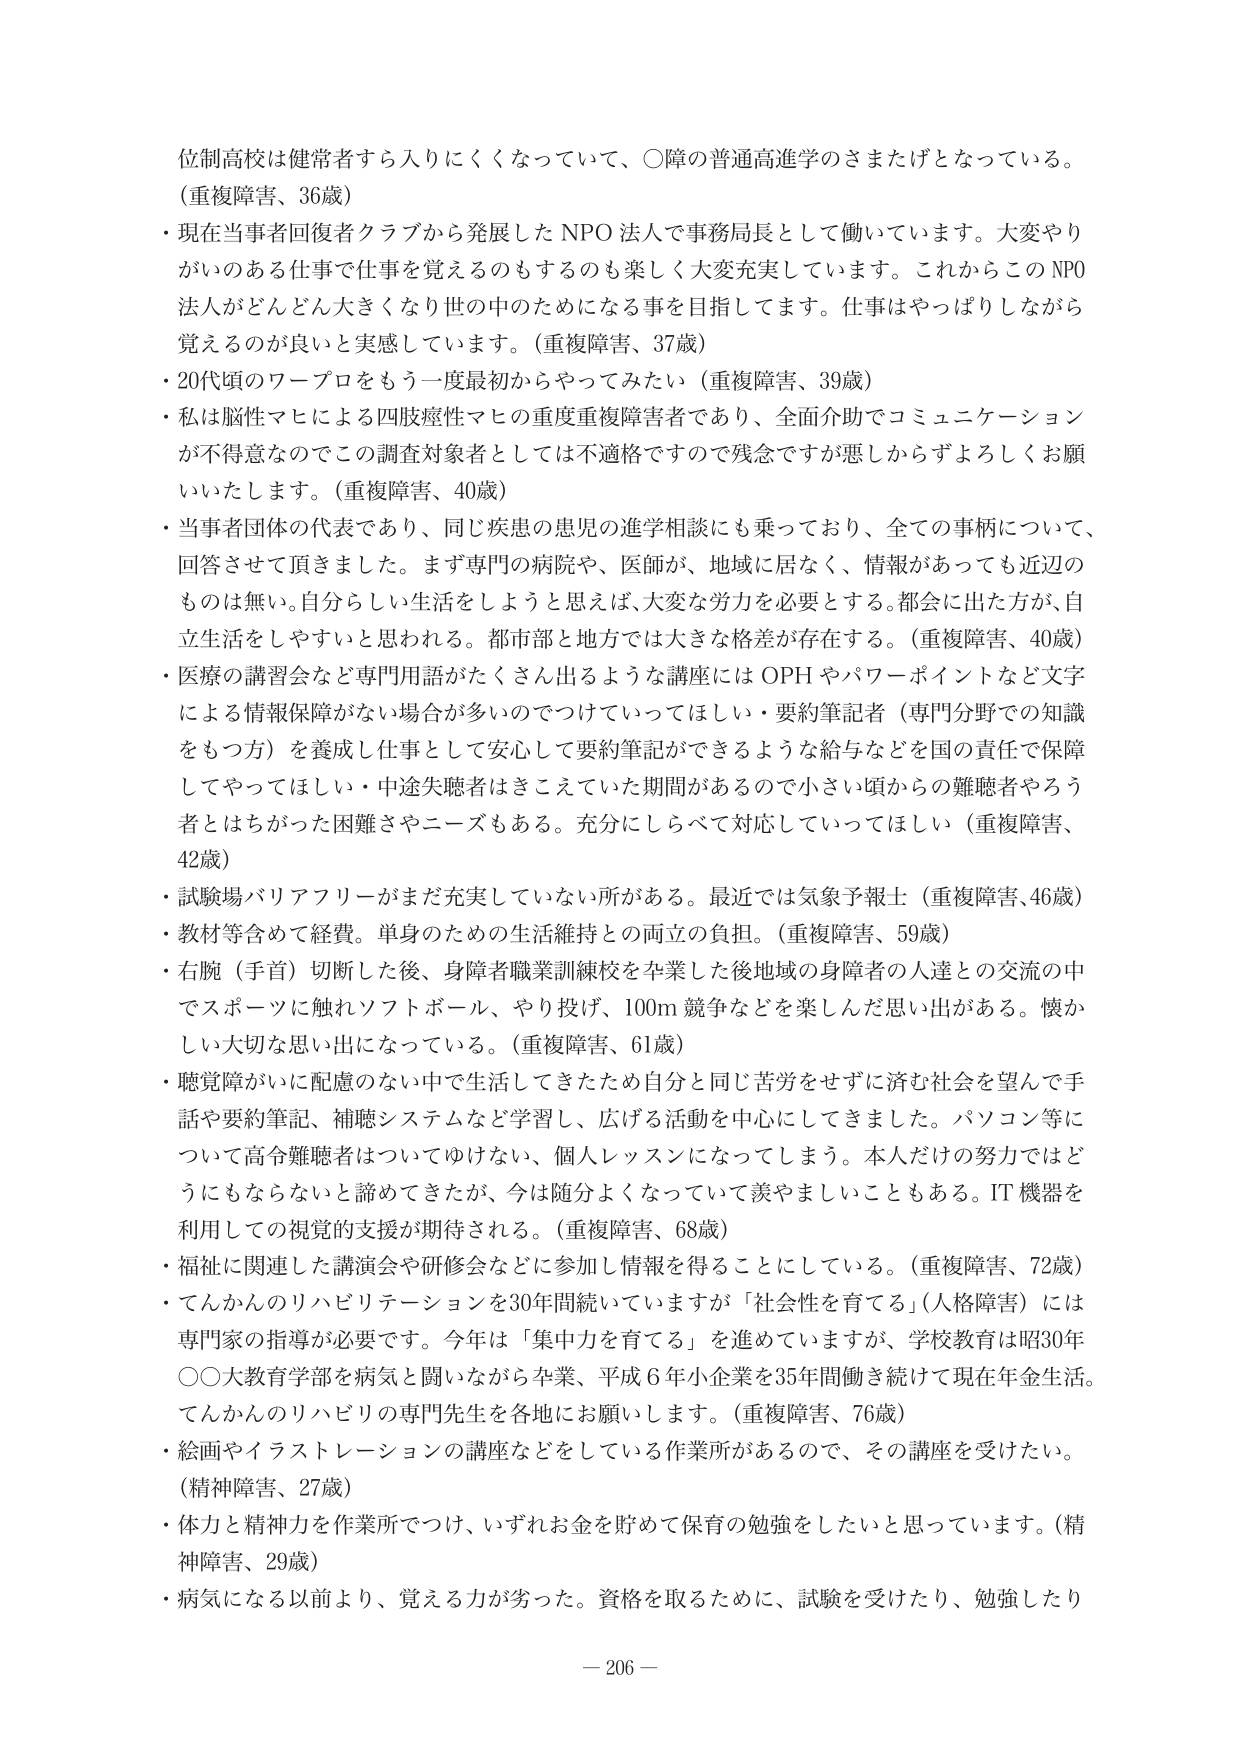
位制高校は健常者すら入りにくくなっていて、〇障の普通高進学のさまたげとなっている。
（重複障害、36歳）
・現在当事者回復者クラブから発展した NPO 法人で事務局長として働いています。大変やりがいのある仕事で仕事を覚えるのもするのも楽しく大変充実しています。これからこの NPO 法人がどんどん大きくなり世の中のためになる事を目指してます。仕事はやっぱりしながら覚えるのが良いと実感しています。（重複障害、37歳）
・20代頃のワープロをもう一度最初からやってみたい（重複障害、39歳）
・私は脳性マヒによる四肢痙性マヒの重度重複障害者であり、全面介助でコミュニケーションが不得意なのでこの調査対象者としては不適格ですので残念ですが悪しからずよろしくお願いいたします。（重複障害、40歳）
・当事者団体の代表であり、同じ疾患の患児の進学相談にも乗っており、全ての事柄について、回答させて頂きました。まず専門の病院や、医師が、地域に居なく、情報があっても近辺のものは無い。自分らしい生活をしようと思えば、大変な労力を必要とする。都会に出た方が、自立生活をしやすいと思われる。都市部と地方では大きな格差が存在する。（重複障害、40歳）
・医療の講習会など専門用語がたくさん出るような講座には OPH やパワーポイントなど文字による情報保障がない場合が多いのでつけていってほしい・要約筆記者（専門分野での知識をもつ方）を養成し仕事として安心して要約筆記ができるような給与などを国の責任で保障してやってほしい・中途失聴者はきこえていた期間があるので小さい頃からの難聴者やろう者とはちがった困難さやニーズもある。充分にしらべて対応していってほしい（重複障害、42歳）
・試験場バリアフリーがまだ充実していない所がある。最近では気象予報士（重複障害、46歳）
・教材等含めて経費。単身のための生活維持との両立の負担。（重複障害、59歳）
・右腕（手首）切断した後、身障者職業訓練校を卒業した後地域の身障者の人達との交流の中でスポーツに触れソフトボール、やり投げ、100m 競争などを楽しんだ思い出がある。懐かしい大切な思い出になっている。（重複障害、61歳）
・聴覚障がいに配慮のない中で生活してきたため自分と同じ苦労をせずに済む社会を望んで手話や要約筆記、補聴システムなど学習し、広げる活動を中心にしてきました。パソコン等について高令難聴者はついてゆけない、個人レッスンになってしまう。本人だけの努力ではどうにもならないと諦めてきたが、今は随分よくなっていて羨やましいこともある。IT 機器を利用しての視覚的支援が期待される。（重複障害、68歳）
・福祉に関連した講演会や研修会などに参加し情報を得ることにしている。（重複障害、72歳）
・てんかんのリハビリテーションを30年間続いていますが「社会性を育てる」（人格障害）には専門家の指導が必要です。今年は「集中力を育てる」を進めていますが、学校教育は昭30年〇〇大教育学部を病気と闘いながら卒業、平成6年小企業を35年間働き続けて現在年金生活。てんかんのリハビリの専門先生を各地にお願いします。（重複障害、76歳）
・絵画やイラストレーションの講座などをしている作業所があるので、その講座を受けたい。（精神障害、27歳）
・体力と精神力を作業所でつけ、いずれお金を貯めて保育の勉強をしたいと思っています。（精神障害、29歳）
・病気になる以前より、覚える力が劣った。資格を取るために、試験を受けたり、勉強したり
－ 206 －